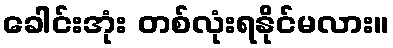
ခေါင်းအုံး တစ်လုံးရနိုင်မလား။